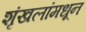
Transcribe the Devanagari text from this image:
शृंखलांमधून